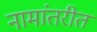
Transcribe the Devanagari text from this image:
नामांतरीत